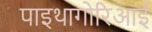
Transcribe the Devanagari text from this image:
पाइथागोरिआई